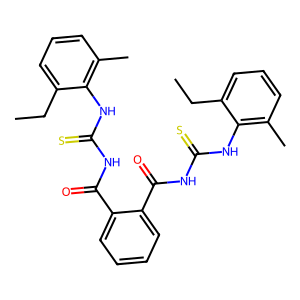
SMILES: CCc1cccc(C)c1NC(=S)NC(=O)c1ccccc1C(=O)NC(=S)Nc1c(C)cccc1CC
Inhibits HIV replication: No